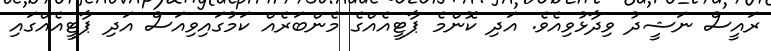
ރައީސް ނަޝީދު ވިދާޅުވިއެވެ. އަދި ކޮންމެ ޕާޓީއެއްގެ މެންބަރެއް ކަމުގައިވިއަސް އަދި ޕާޓީއެއްގައި